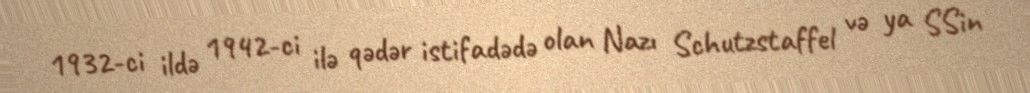
1932-ci ildə 1942-ci ilə qədər istifadədə olan Nazı Schutzstaffel və ya SSin